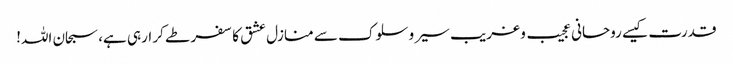
قدرت کیسے روحانی عجیب و غریب سیر وسلوک سے منازل عشق کا سفر طے کر ارہی ہے، سبحان اللہ!